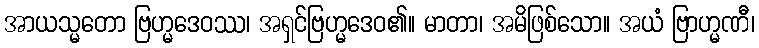
အာယသ္မတော ဗြဟ္မဒေဝဿ၊ အရှင်ဗြဟ္မဒေဝ၏။ မာတာ၊ အမိဖြစ်သော။ အယံ ဗြာဟ္မဏီ၊